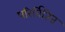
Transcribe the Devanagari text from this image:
परिर्वितित